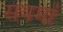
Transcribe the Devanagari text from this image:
संयमों